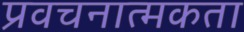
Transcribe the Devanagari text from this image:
प्रवचनात्मकता